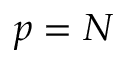
p = N